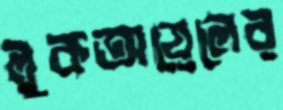
লুকঅয়েলের